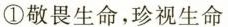
①敬畏生命，珍视生命